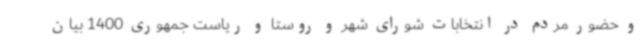
و حضور مردم در انتخابات شورای شهر و روستا و ریاست جمهوری 1400 بیان